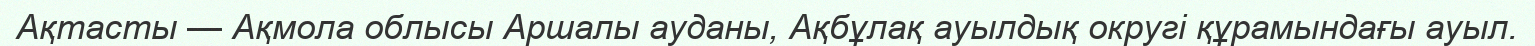
Ақтасты — Ақмола облысы Аршалы ауданы, Ақбұлақ ауылдық округі құрамындағы ауыл.